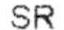
SR